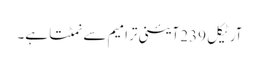
آرٹیکل 239 آئینی ترامیم سے نمٹتا ہے۔